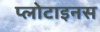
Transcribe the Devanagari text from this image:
प्लोटाइनस